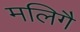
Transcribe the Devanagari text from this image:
मलिगै